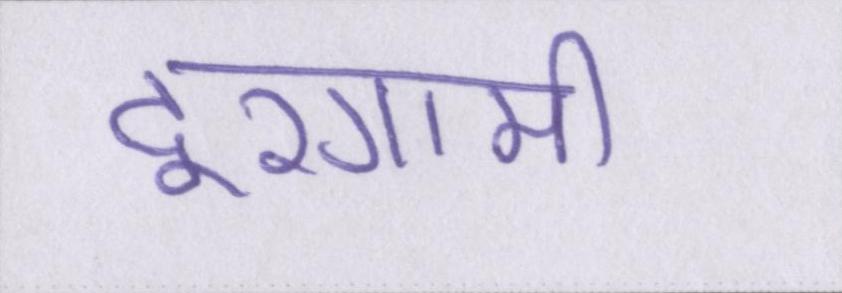
दूरगामी